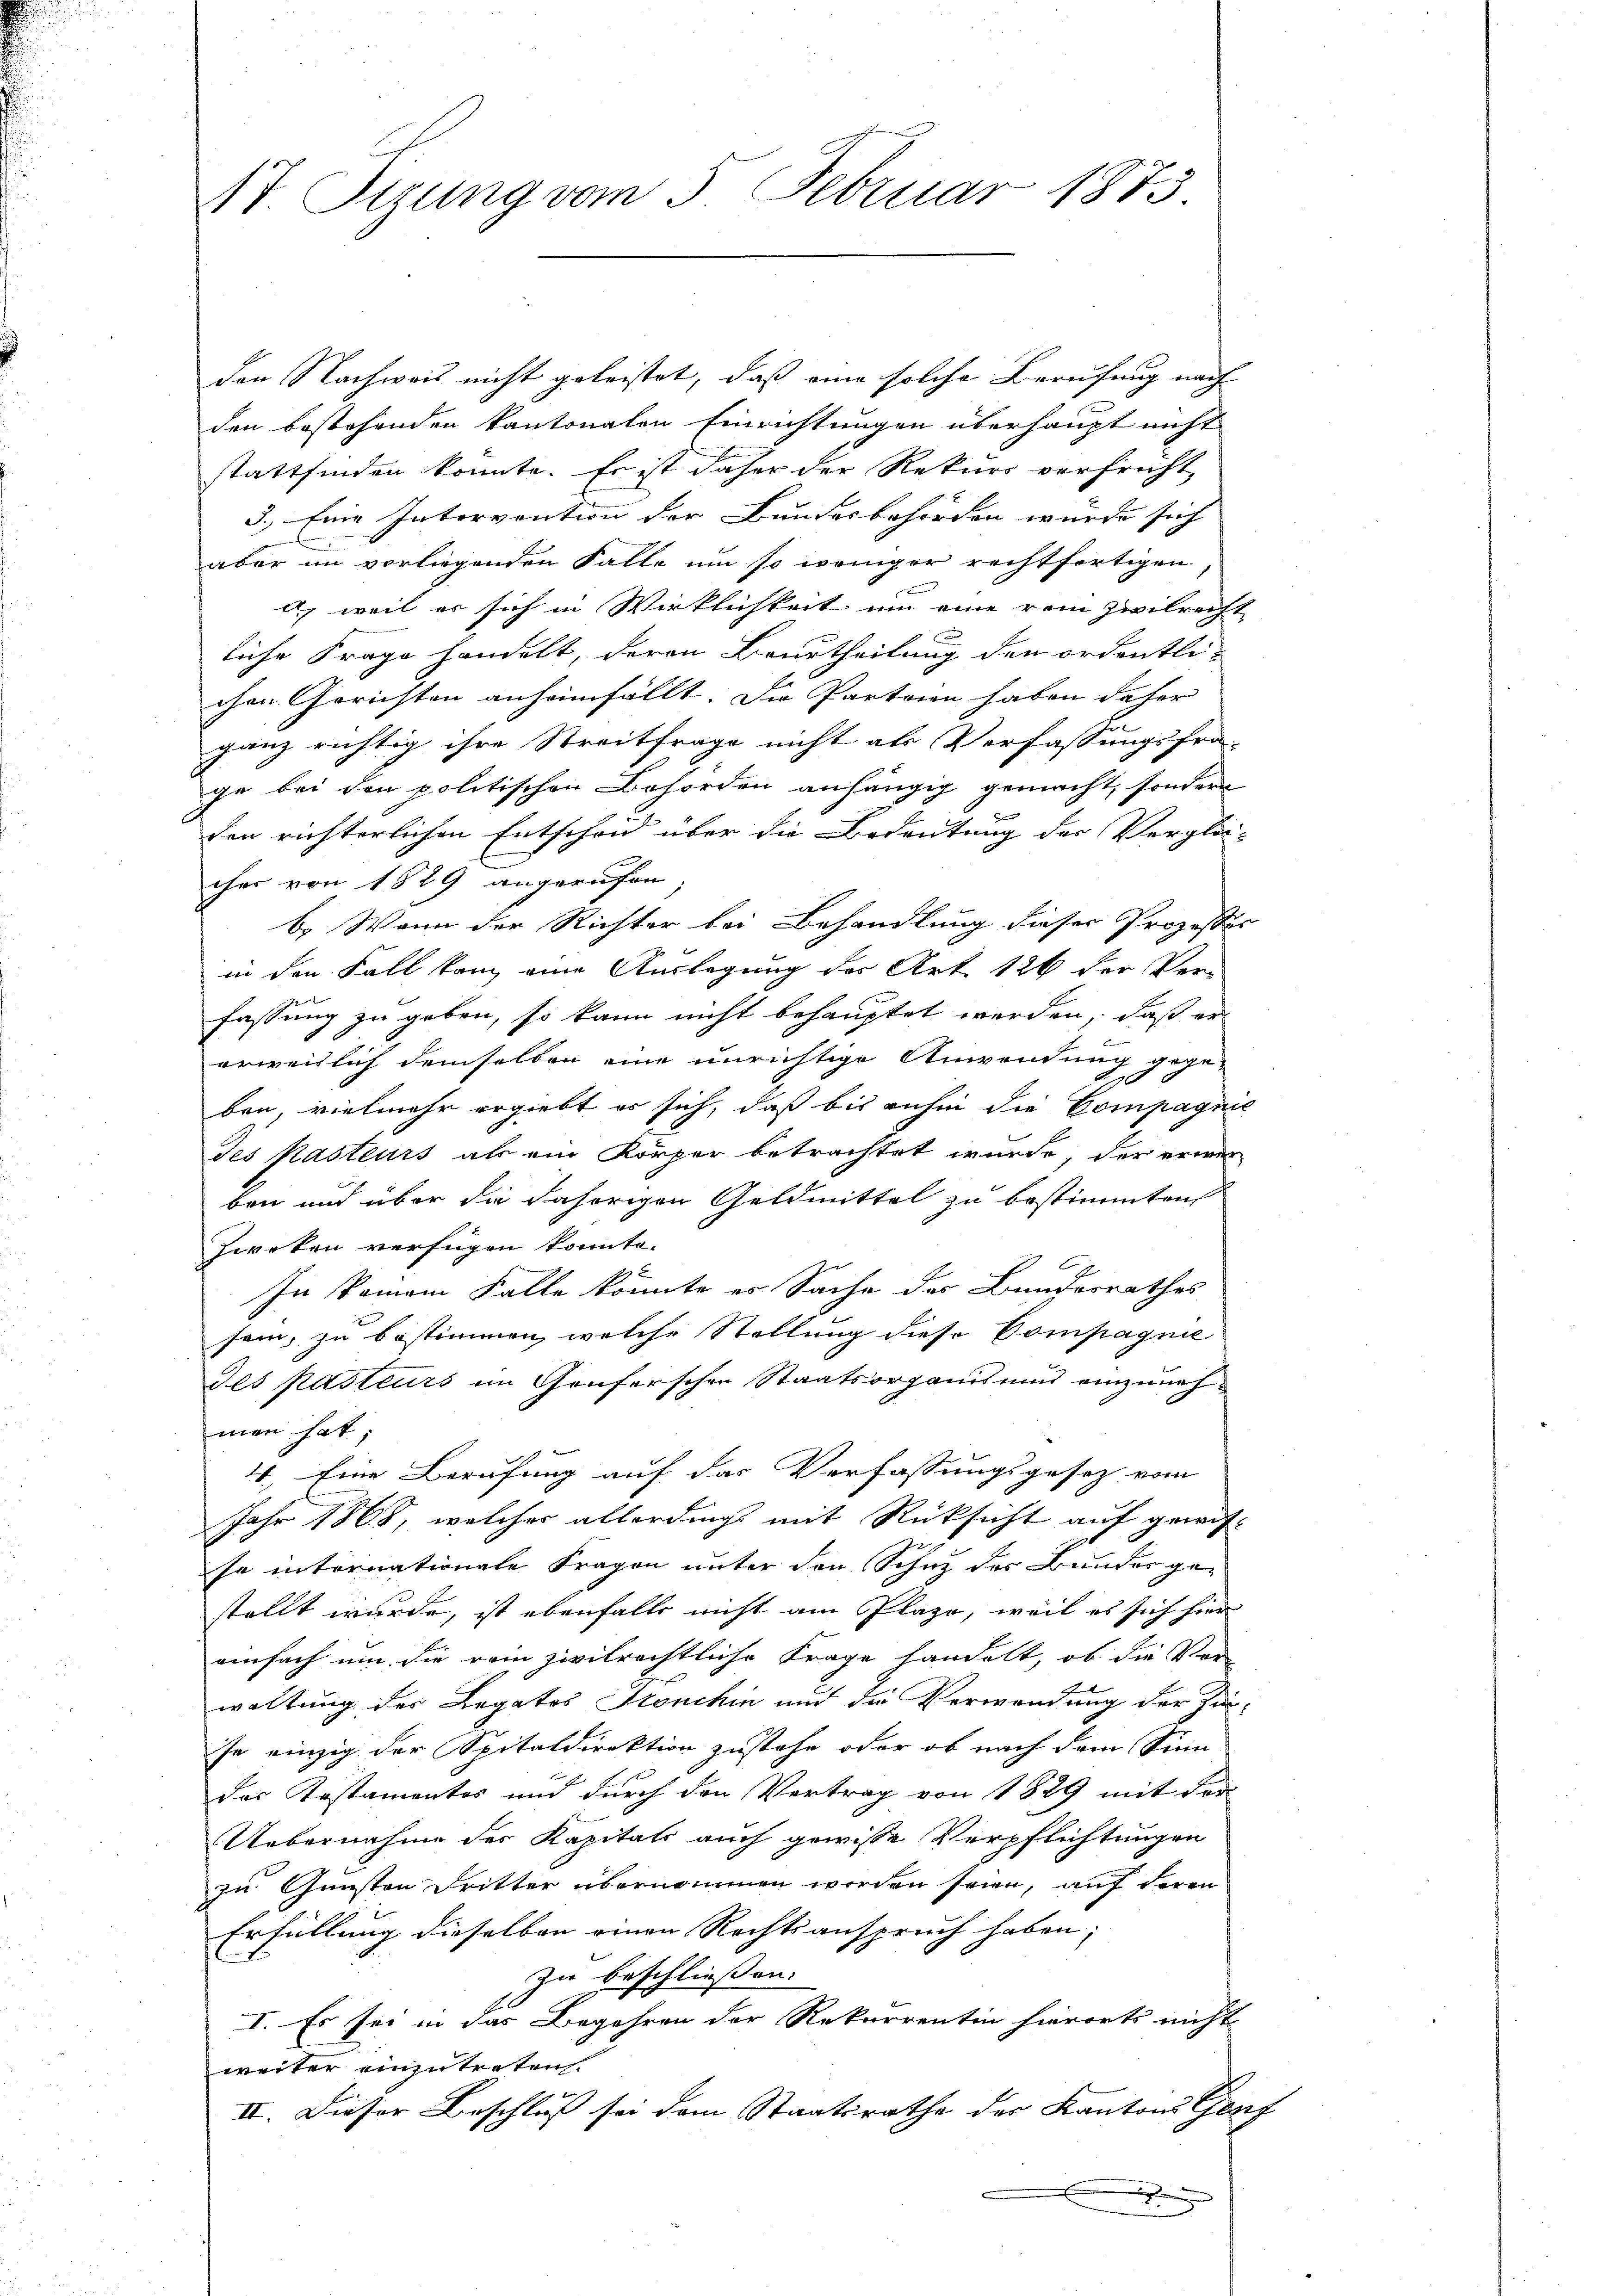
17 Sizung vom 5. Februar 1873

den Nachweis nicht geleistet, daß eine solche Berufung nach
den bestehenden kantonalen Einrichtungen überhaupt nicht
stattfinden konnte. Es ist daher der Rekurs verfrüht,
3.) Eine Intervention der Bundesbehörden würde sich
aber im vorliegenden Falle um so weniger rechtfertigen,
 weil er sich in Wirklichkeit um eine rein zivilrecht
liche Frage handelt, deren Beurtheilung den ordentlichen Gerichten anheimfällt. Die Parteien haben daher
ganz richtig ihre Streitfrage nicht als Verfassungsfra-
ge bei den politischen Behörden anhängig gemacht, sondern
den richterlichen Entscheid über die Bedeutung des Verglei-
cher von 1829 angerufen
b. Wenn der Richter bei Behandlung dieser Prozesser
in den Fall kann eine Auslegung des Art. 126 der Ver-
fassung zu geben, so kann nicht behauptet werden, daß er
c
erweislich demselben eine unrichtige Anwendung gege¬
.
ben, vielmehr ergiebt er sich, daß bis anhin die Compagnie
Jes Kasteurs als ein Körper betrachtet wurde, der erwer
ben und über die Fahrrigen Geldmittel zu bestimmten
Zwecken verfügen konnte.
In keinem Falle könnte es Sache des Bundesrathes
sem, zu bestimmen, welche Stellung diese Compagnie
des Pusteurs im Genferschen Staatsorganis und einzunehman hat;
4.) Eine Berufung auf das Verfassungsgesetz vom
Jahr 1868, welcher allerdings mit Rücksicht auf gewisja internationale Fragen unter den Schne der Bunder gestellt wurde, ist ebenfalls nicht am Plaze, weil es sich hier
einfach um die vom zivilrechtliche Frage handelt, ob die Vor-
waltung der Legates Stonchin und die Verwendung der Zin-
se einzig der Spitaldirektion zustehe oder ob nach dem Sinn
das Kostamentes und durch den Vertrag von 1829 mit der
Uebernahme des Kapitals auch gewisse Verpflichtungen
zu Gunsten Dritter übernommen worden seien, auf deren
Erfüllung dieselben einen Rechtsanspruch haben;
Zu beschliessen:
I. Es sei in das Begehren der Rekurrentin hierorts nicht
weiter einzutreten.
II. Dieser Beschluß sei dem Staatsrathe der Kantons Genf
x
.